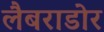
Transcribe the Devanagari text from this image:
लैबराडोर